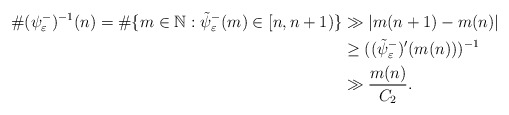
\begin{align*}\#(\psi^{-}_{\varepsilon})^{-1}(n)=\# \{m\in\mathbb{N}:\tilde{\psi}^{-}_{\varepsilon}(m)\in[n,n+1)\}&\gg |m(n+1)-m(n)|\\&\geq ((\tilde{\psi}^{-}_{\varepsilon})'(m(n)))^{-1}\\&\gg \frac{m(n)}{C_2}.\end{align*}